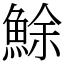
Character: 鮽